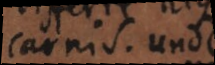
carnis. Unde